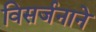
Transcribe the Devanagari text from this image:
विसर्जनाने